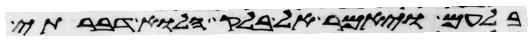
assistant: בלעם ויאמר אל בלק הלוא דברתי